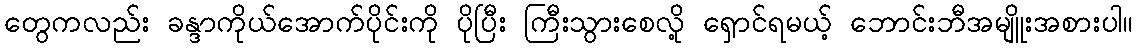
တွေကလည်း ခန္ဒာကိုယ်အောက်ပိုင်းကို ပိုပြီး ကြီးသွားစေလို့ ရှောင်ရမယ့် ဘောင်းဘီအမျိူးအစားပါ။